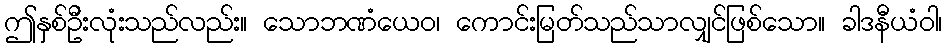
ဤနှစ်ဦးလုံးသည်လည်း။ သောဘဏံယေဝ၊ ကောင်းမြတ်သည်သာလျှင်ဖြစ်သော။ ခါဒနီယံဝါ၊